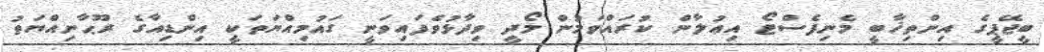
ބީޖޭޕީގެ އިންތިޚާބީ މެނިފެސްޓޯ އިޢުލާން ކުރައްވަމުން މޯދީ ވިދާޅުވެފައިވަނީ ގައުމިއްޔަތަކީ އިންޑިއާގެ ރޫޙާނިއްޔަތު